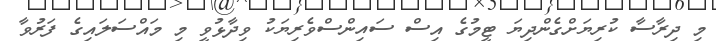
މި ދިރާސާ ކުރިޔަށްގެންދިޔަ ޓީމުގެ އިސް ސައިންސްވެރިޔަކު ވިދާޅުވީ މި މައްސަލައިގެ ފަރުވާ